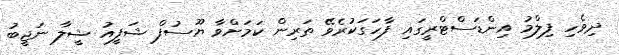
ދިވެހި ފިލްމު އިންޑަސްޓްރީގައި ފާހަގަކުރެވޭ ތަރިން ކަމަށްވާ ޔޫސުފް ޝަފީއު ޝީލާ ނަޖީބު